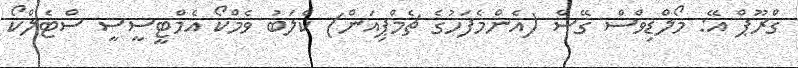
ގްރޫޕް އޭ: މޯލްޑިވްސް ގޭސް (އެންމެފަހުގެ ޗެމްޕިއަން) ކްލަބު ވެމްކޯ އެމްޓީސީސީ ސްޓެލްކޯ